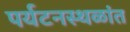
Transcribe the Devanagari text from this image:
पर्यटनस्थळांत